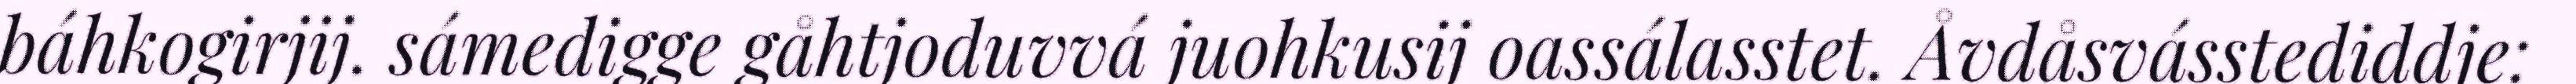
báhkogirjij. sámedigge gåhtjoduvvá juohkusij oassálasstet. Åvdåsvásstediddje: